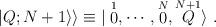
LaTeX: \begin{align*}\vert Q;N+1\rangle\rangle\equiv\vert\stackrel{1}{0},\cdots,\stackrel{N}{0},\stackrel{N+1}{Q}\rangle\ .\end{align*}